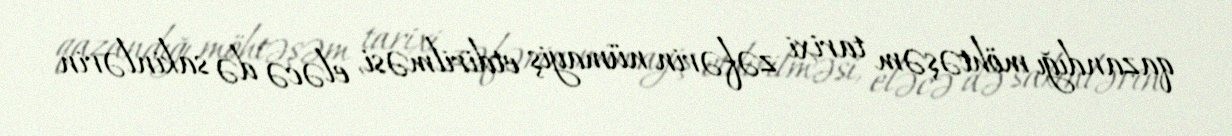
qazandığı möhtəşəm tarixi zəfərin nümayiş etdirilməsi, eləcə də sakinlərin